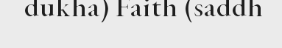
dukha) Faith (saddh